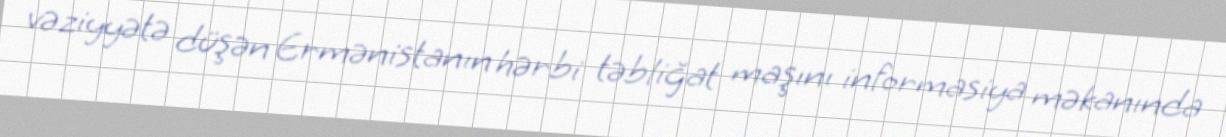
vəziyyətə düşən Ermənistanın hərbi təbliğat maşını informasiya məkanında